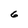
Character: 6